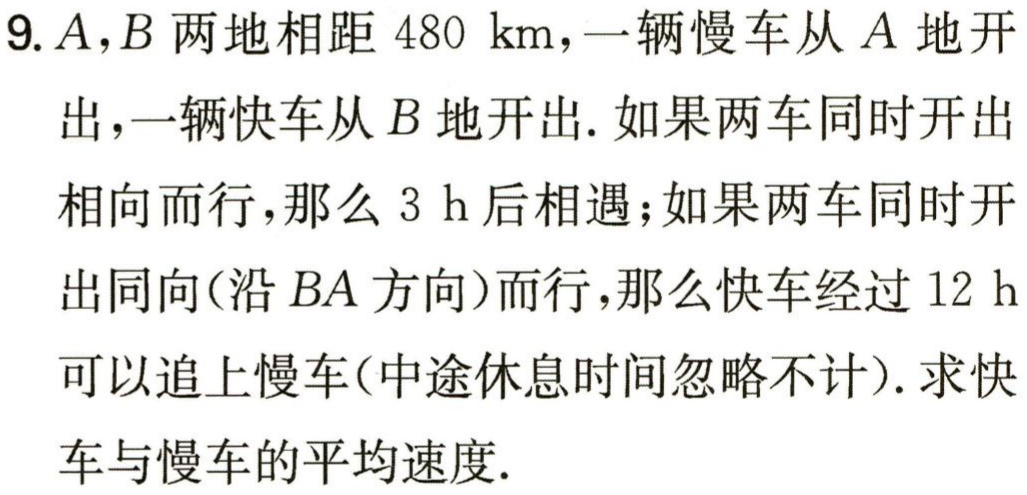
9. \(A,B\)两地相距 \(480\ \text{km}\)，一辆慢车从 \(A\)地开出，一辆快车从 \(B\)地开出. 如果两车同时开出相向而行，那么 \(3\ \text{h}\)后相遇；如果两车同时开出同向(沿 \(BA\)方向)而行，那么快车经过 \(12\ \text{h}\)可以追上慢车(中途休息时间忽略不计). 求快车与慢车的平均速度.